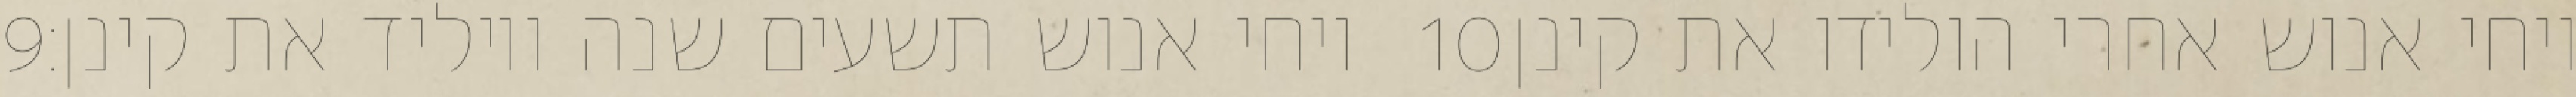
‎9‏ ויחי אנוש תשעים שנה ויוליד את קינן׃ ‎10‏ ויחי אנוש אחרי הולידו את קינן